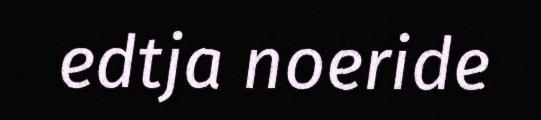
edtja noeride